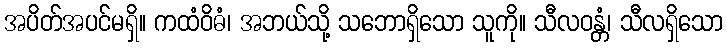
အပိတ်အပင်မရှိ။ ကထံဝိဓံ၊ အဘယ်သို့ သဘောရှိသော သူကို။ သီလဝန္တံ၊ သီလရှိသော